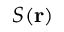
S ( \mathbf { r } )